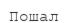
Пошал